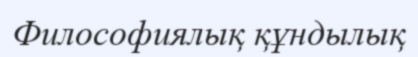
Философиялық құндылық